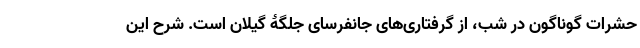
حشرات گوناگون در شب، از گرفتاری‌های جانفرسای جلگۀ گیلان است. شرح این